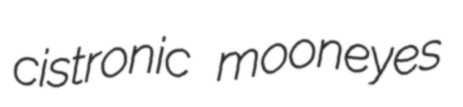
cistronic mooneyes